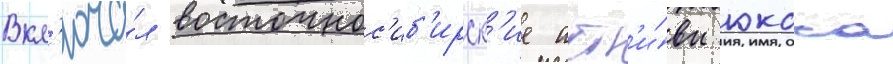
Вкл'юча́л восточнос'иб'ирск'ие акт'и́вы юкоса